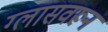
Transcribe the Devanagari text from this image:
ग्लासवरून